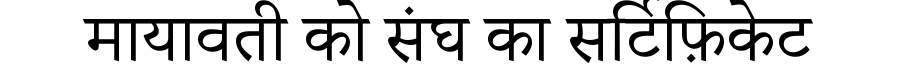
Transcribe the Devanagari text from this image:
मायावती को संघ का सर्टिफ़िकेट